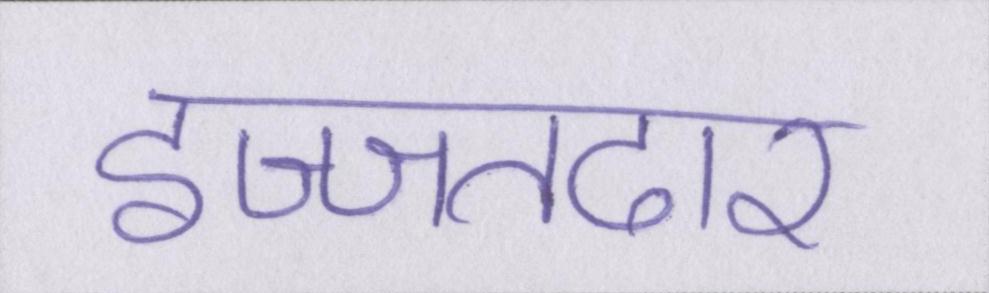
इज्जतदार